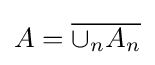
A={\overline {\cup _{n}A_{n}}}